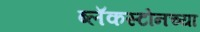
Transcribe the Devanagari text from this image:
ब्लॅकस्टोनच्या